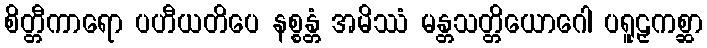
စိတ္တီကာရော ပဟီယတိပေ နစ္စန္တံ အမိဿံ မန္တသတ္တိယောဂေါ ပရူဠှကစ္ဆာ